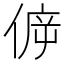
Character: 𠊴